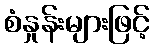
စံနှုန်းများဖြင့်